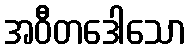
အဝီတဒေါသော